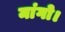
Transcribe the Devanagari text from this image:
मांगो।